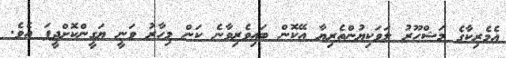
އެމެރިކާގެ މަޝްހޫރު ލަވަކިޔުންތެރިޔާ އޭކޮން ބައިވެރިވާނެ ކަން މިހާރު ވަނީ ޔަގީންކޮށްދީފަ އެވެ.